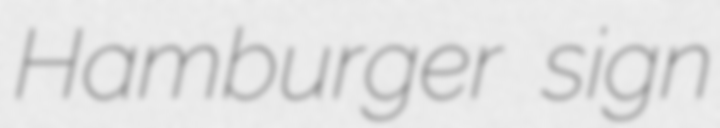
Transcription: Hamburger sign